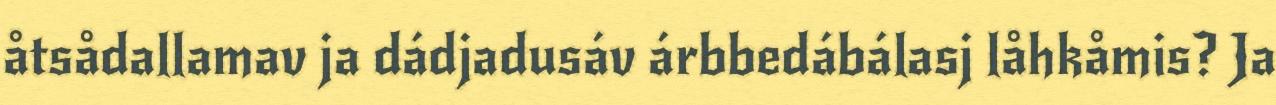
åtsådallamav ja dádjadusáv árbbedábálasj låhkåmis? Ja